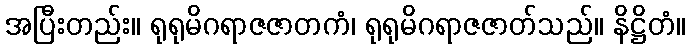
အပြီးတည်း။ ရုရုမိဂရာဇဇာတကံ၊ ရုရုမိဂရာဇဇာတ်သည်။ နိဋ္ဌိတံ။